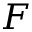
F